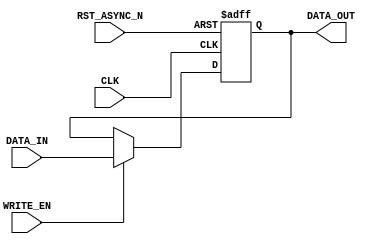
/*-----------------------------------------------------------------------------------
* Date generated: 25/03/2023
* Date modified: 11/05/2023
* Description: Stores one sample. It is used to build the transposed buffer.
*----------------------------------------------------------------------------------- */

module reg_internal_buffer (
    CLK,
    RST_ASYNC_N, 
    WRITE_EN,
    DATA_IN,  
    DATA_OUT
);


// ------------------------------------------
// IO declaration
// ------------------------------------------
    input CLK;                              // Clock
    input RST_ASYNC_N;						// Asynchronous reset
    input WRITE_EN;							// Enables writing
    input signed [10:0] DATA_IN;			// Data in
    output reg signed [10:0] DATA_OUT;	    // Data out
    

// ------------------------------------------
// Sequential logic
// ------------------------------------------
always @(posedge CLK, negedge RST_ASYNC_N) begin
if (!RST_ASYNC_N)                        // If rst async is low
    begin
            DATA_OUT <= 11'b0;
    end
    
    else if (WRITE_EN) 		 			    // If write enable is high
    begin
        DATA_OUT <= DATA_IN; 			    // Write data to the register at the specified address
    end 
end

endmodule // reg_internal_buffer